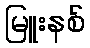
မြူးနစ်